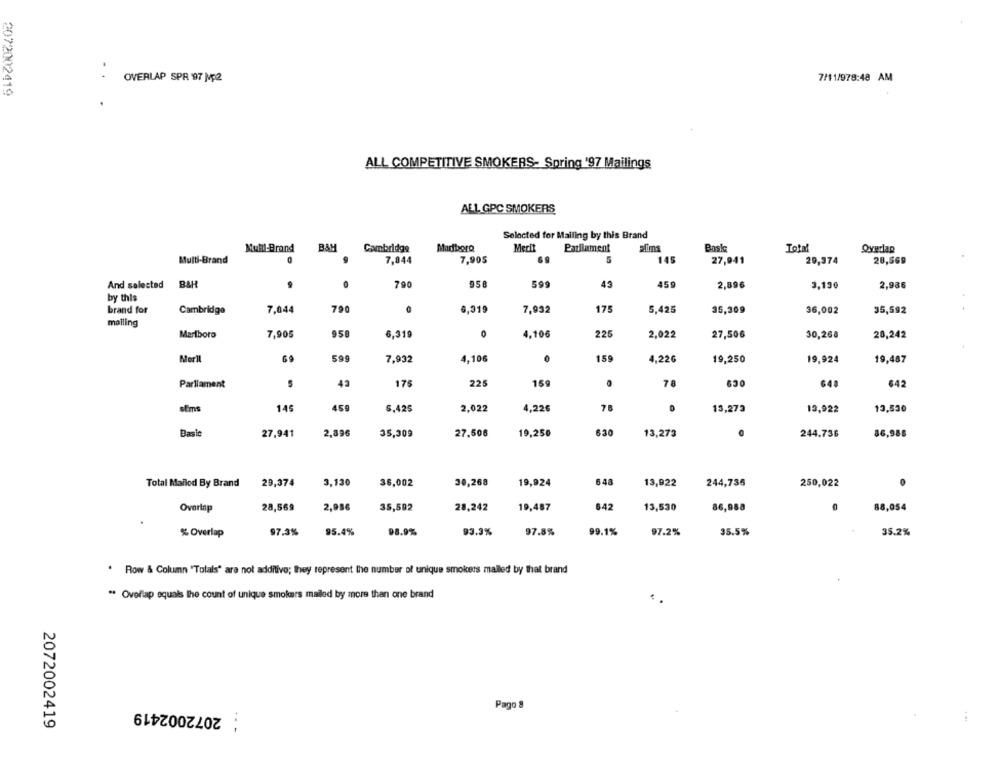
7/11/978:48 AM
OVERLAP SPR 97 Mp2
2072002419
ALL COMPETITIVE SMOKERS- Spring '97 Mailings
ALL GPC SMOKERS
Selected for Mailing by this Brand
Mull-Brand
Cambridge
Marlboro
Mecit
Parliament
Bask
Total
Overlap
0
7,044
7,905
5
145
Multi-Brand
27,941
20,374
28,569
And selected
B&H
790
958
599
43
45
2,896
3,130
2,986
by this
brand for
Cambridge
7,844
790
6,319
7,932
175
5,425
35,309
36,002
35,592
mailing
Marlboro
7,905
950
6,319
0
4.106
225
2,022
27,506
30,268
28,242
Meril
599
4,106
0
159
4.22G
7,932
19,250
19,924
19,487
Parliament
43
175
225
159
76
630
€42
sems
145
459
5.425
2.022
4,226
13,273
13,922
13,530
Basle
27,941
2,896
35,309
27,506
19,250
630
13,273
244,736
86,988
Total Mailod By Brand
29,374
3,130
36,002
30,268
19,924
648
13,922
244,736
250,022
Overlap
28,569
2,986
35,592
28,242
19,487
$42
13,530
86,988
88,054
% Overlap
97.3%
95.4%
98.9%
93.3%
97.8%
99.1%
97.2%
35.5%
35.2%
. Row & Column "Totals" are not additive; they represent the number of unique smokers malled by that brand
** Ovoflap equals the count of unique smokers mailed by more than one brand
: 2072002419
Pago 8
2072002419